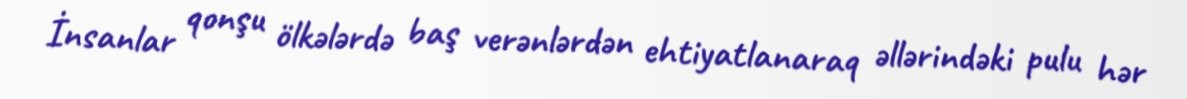
İnsanlar qonşu ölkələrdə baş verənlərdən ehtiyatlanaraq əllərindəki pulu hər